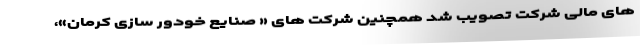
های مالی شرکت تصویب شد همچنین شرکت های « صنایع خودور سازی کرمان»،